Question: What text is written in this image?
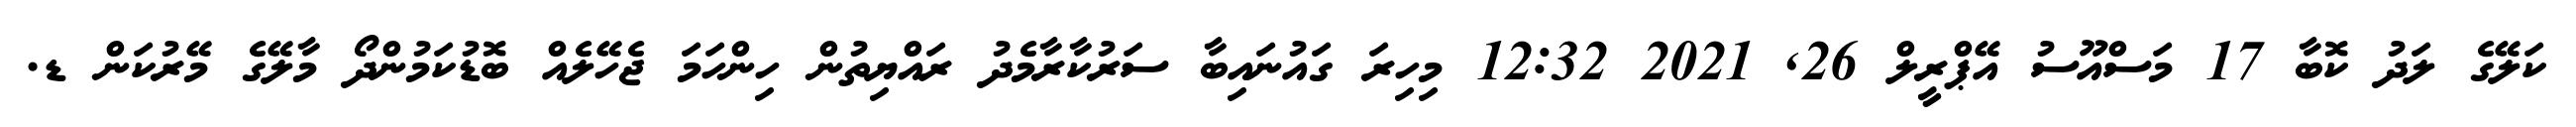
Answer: ކަލޭގެ ލަދު ކޮބާ 17 މަސްއޫސު އޭޕްރީލް 26, 2021 12:32 މިހިރަ ގައުނައިބާ ސަރުކާރާމެދު ރައްޔިތުން ހިންހަމަ ޖެހޭލެއް ބޮޑުކަމުންދޯ މާލޭގެ މޭރުކަން ޑ.